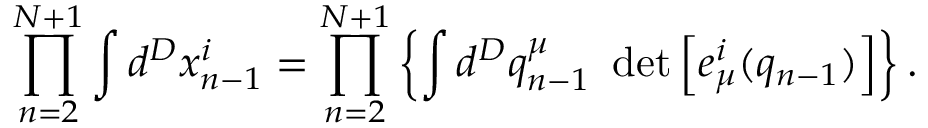
\prod _ { n = 2 } ^ { N + 1 } \int d ^ { D } x _ { n - 1 } ^ { i } = \prod _ { n = 2 } ^ { N + 1 } \left\{ \int d ^ { D } q _ { n - 1 } ^ { \mu } ~ \operatorname * { d e t } \left[ e _ { \mu } ^ { i } ( q _ { n - 1 } ) \right] \right\} .